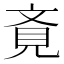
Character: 斍